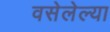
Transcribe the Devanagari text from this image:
वसेलेल्या